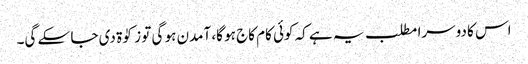
اس کا دوسرا مطلب یہ ہے کہ کوئی کام کاج ہو گا، آمدن ہو گی تو زکوٰۃ دی جا سکے گی۔